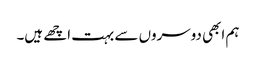
ہم ابھی دوسروں سے بہت اچھے ہیں۔